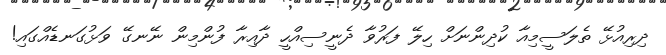
ދިރިއުޅޭ ތެލަސީމިއާ ކުދިންނަށް ހިލޭ ފަރުވާ ދެނީސިއްހީ ދާއިރާ ފުންމިން ނޭނގޭ ވަޅުގަނޑެއްގައި!